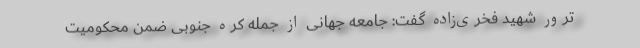
ترور شهید فخری‌زاده گفت: جامعه جهانی از جمله کره جنوبی ضمن محکومیت